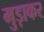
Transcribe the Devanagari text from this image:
मुड़ाकर